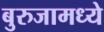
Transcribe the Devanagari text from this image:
बुरुजामध्ये